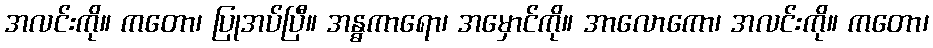
အလင်းကို။ ကတော၊ ပြုအပ်ပြီ။ အန္ဓကာရော၊ အမှောင်ကို။ အာလောကော၊ အလင်းကို။ ကတော၊